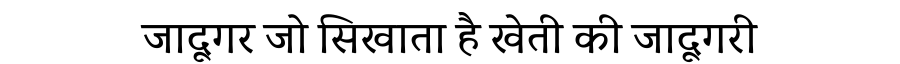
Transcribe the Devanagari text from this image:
जादूगर जो सिखाता है खेती की जादूगरी